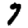
Digit: 7